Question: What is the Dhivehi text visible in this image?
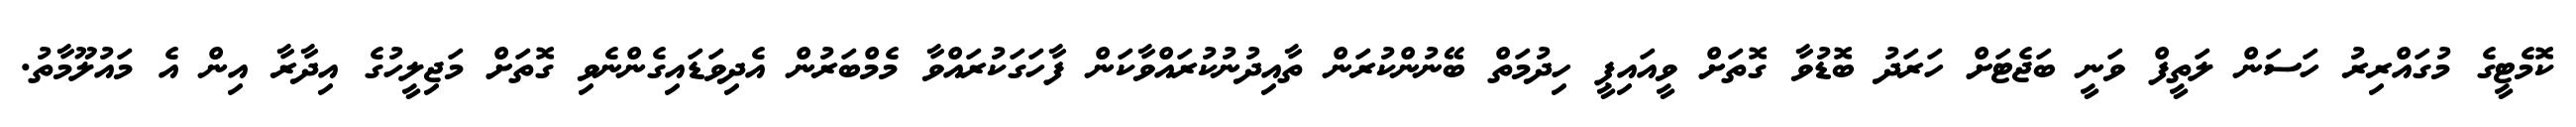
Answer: ކޮމެޓީގެ މުގައްރިރު ހަސަން ލަތީފް ވަނީ ބަޖެޓަށް ހަރަދު ބޮޑުވާ ގޮތަށް ވީއައިޕީ ހިދުމަތް ބޭނުންކުރަން ތާއިދުނުކުރައްވާކަން ފާހަގަކުރައްވާ މެމްބަރުން އެދިވަޑައިގެންނެވި ގޮތަށް މަޖިލީހުގެ އިދާރާ އިން އެ މައުލޫމާތު.